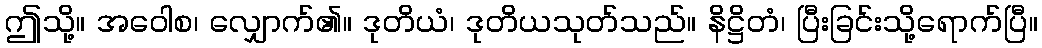
ဤသို့။ အဝေါစ၊ လျှောက်၏။ ဒုတိယံ၊ ဒုတိယသုတ်သည်။ နိဋ္ဌိတံ၊ ပြီးခြင်းသို့ရောက်ပြီ။